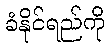
ခံနိုင်ရည်ကို